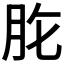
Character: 𦙋